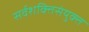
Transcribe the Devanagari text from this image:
सर्वशक्तिसंयुक्त